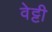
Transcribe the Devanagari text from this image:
वेट्टी